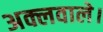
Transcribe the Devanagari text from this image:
अक्लवाले।